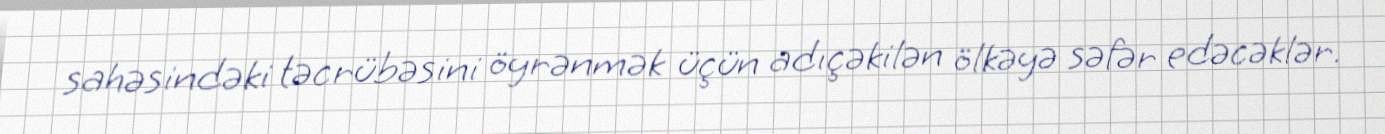
sahəsindəki təcrübəsini öyrənmək üçün adıçəkilən ölkəyə səfər edəcəklər.